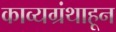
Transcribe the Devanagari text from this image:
काव्यग्रंथाहून